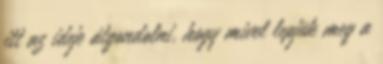
itt az ideje átgondolni, hogy mivel lepjük meg a